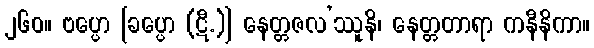
၂၆၀။ ဗပ္ပော [ခပ္ပော (ဋီ.)] နေတ္တဇလ’ဿူနိ၊ နေတ္တတာရာ ကနီနိကာ။